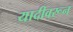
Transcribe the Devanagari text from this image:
यादीवरून